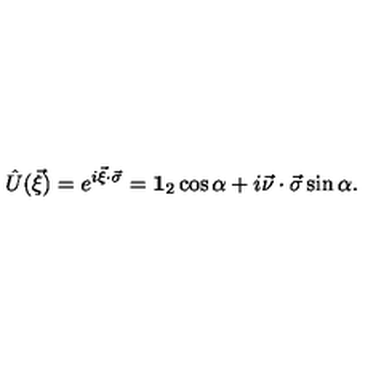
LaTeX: \hat { U } ( \vec { \xi } ) = e ^ { i \vec { \xi } \cdot \vec { \sigma } } = { \bf 1 } _ { 2 } \cos \alpha + i \vec { \nu } \cdot \vec { \sigma } \sin \alpha .